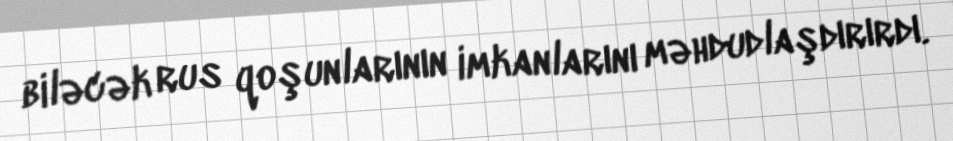
biləcək rus qoşunlarının imkanlarını məhdudlaşdırırdı.